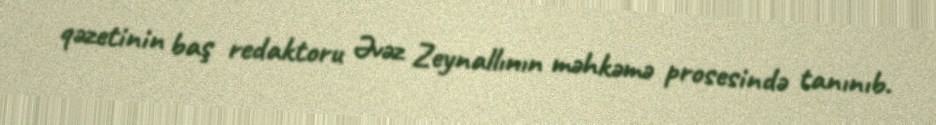
qəzetinin baş redaktoru Əvəz Zeynallının məhkəmə prosesində tanınıb.